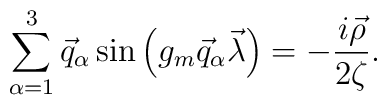
\sum\limits_{\alpha=1}^{3}\vec q_\alpha\sin\left(g_m\vec q_\alpha\vec\lambda\right)=-\frac{i\vec\rho}{2\zeta}.